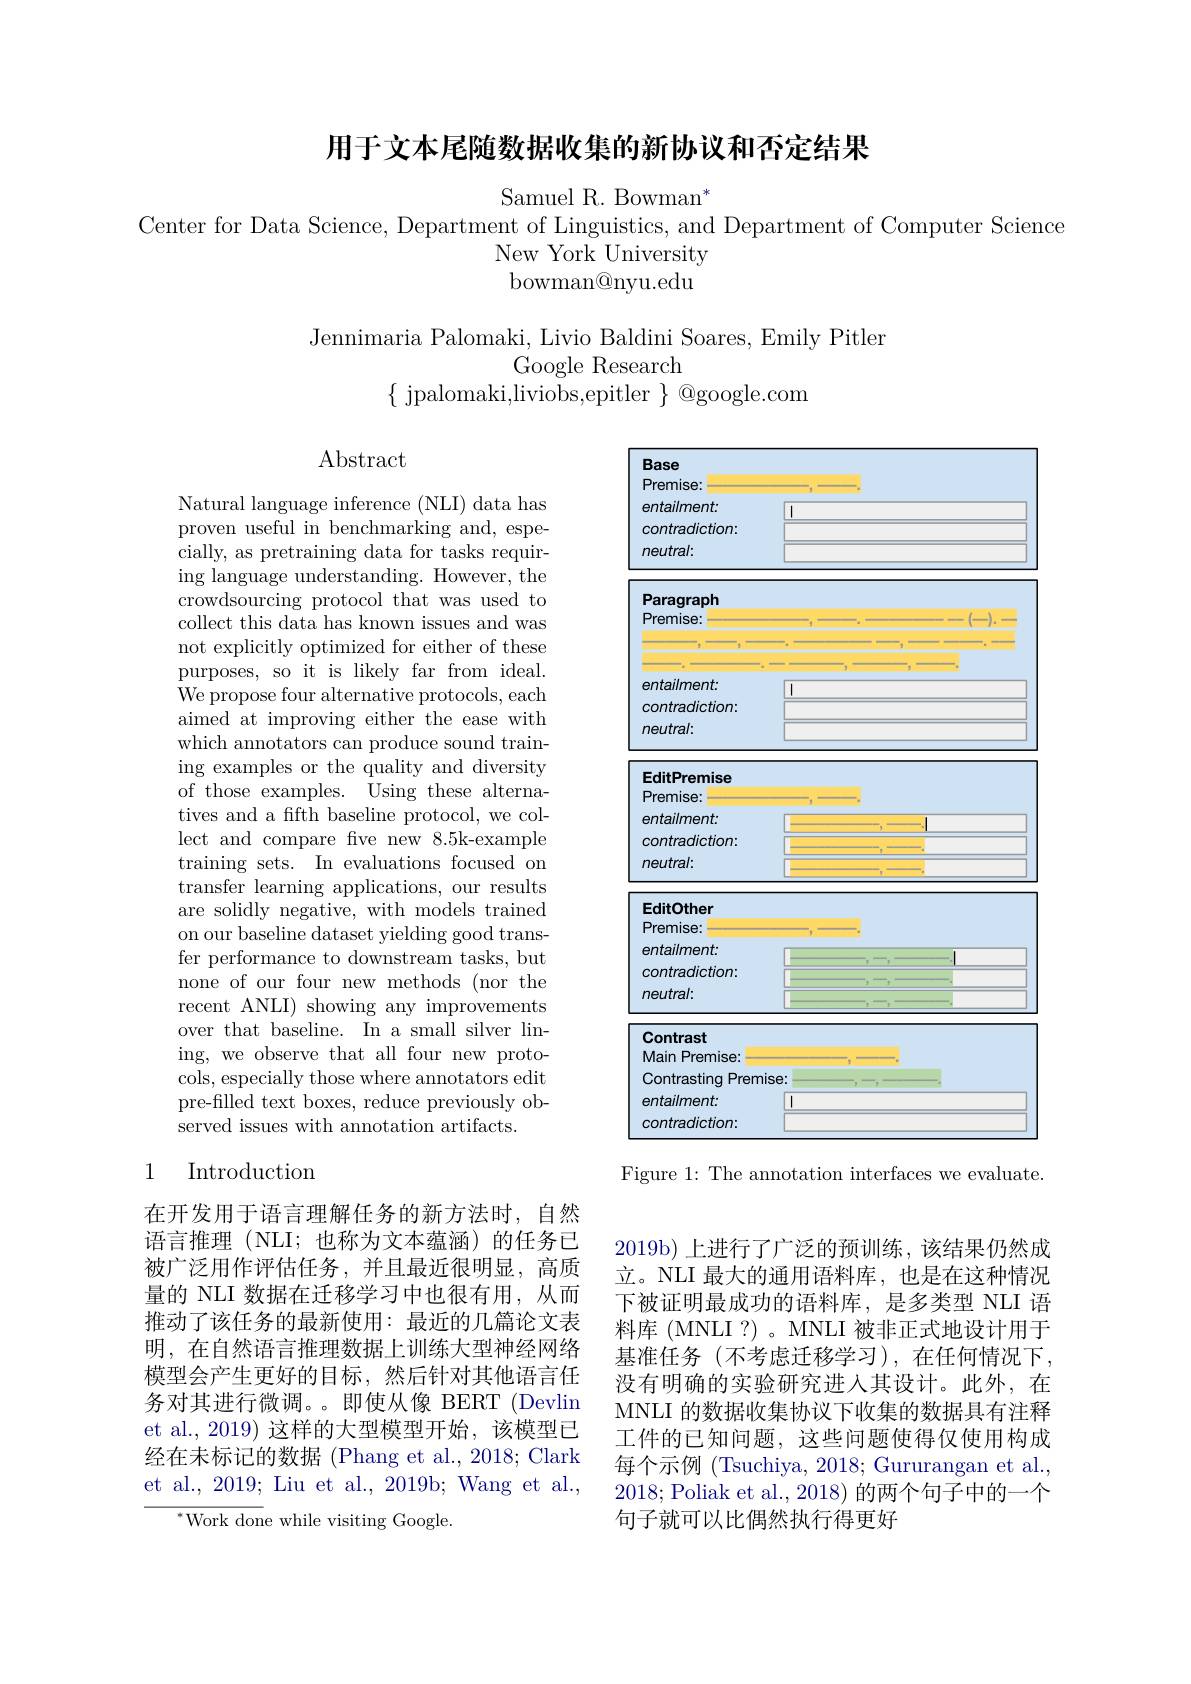
用于文本尾随数据收集的新协议和否定结果

Samuel R. Bowman$^*$
Center for Data Science, Department of Linguistics, and Department of Computer Science
New York University bowman@nyu.edu

Jennimaria Palomaki, Livio Baldini Soares, Emily Pitler
## Google Research
$\{$ jpalomaki,liviobs,epitler $\}$ @google.com

$\operatorname{Abstract}$

<FigureHere>
Figure 1: The annotation interfaces we evaluate.

Natural language inference (NLI) data has proven useful in benchmarking and, especially, as pretraining data for tasks requiring language understanding. However, the crowdsourcing protocol that was used to collect this data has known issues and was not explicitly optimized for either of these purposes, so it is likely far from ideal. We propose four alternative protocols, each aimed at improving either the ease with which annotators can produce sound training examples or the quality and diversity of those examples. Using these alternatives and a fifth baseline protocol, we collect and compare five new 8.5k-example training sets. In evaluations focused on transfer learning applications, our results are solidly negative, with models trained on our baseline dataset yielding good transfer performance to downstream tasks, but none of our four new methods (nor the recent ANLI) showing any improvements over that baseline. In a small silver lining, we observe that all four new protocols, especially those where annotators edit pre-filled text boxes, reduce previously observed issues with annotation artifacts.

## 1 Introduction

在开发用于语言理解任务的新方法时，自然语言推理(NLI;也称为文本蕴涵)的任务已被广泛用作评估任务，并且最近很明显，高质量的 NLI 数据在迁移学习中也很有用，从而推动了该任务的最新使用：最近的几篇论文表明，在自然语言推理数据上训练大型神经网络模型会产生更好的目标，然后针对其他语言任务对其进行微调。。即使从像 BERT (Devlin et al., 2019) 这样的大型模型开始，该模型已经在未标记的数据(Phang et al., 2018; Clark et al., 2019; Liu et al., 2019b; Wang et al.,
$^{*}$Work done while visiting Google.

2019b)上进行了广泛的预训练，该结果仍然成立。NLI 最大的通用语料库，也是在这种情况下被证明最成功的语料库，是多类型 NLI 语料库 (MNLI?) 。MNLI 被非正式地设计用于基准任务(不考虑迁移学习),在任何情况下， 没有明确的实验研究进入其设计。此外，在MNLI 的数据收集协议下收集的数据具有注释工件的已知问题，这些问题使得仅使用构成每个示例 (Tsuchiya, 2018; Gururangan et al., 2018; Poliak et al., 2018) 的两个句子中的一个句子就可以比偶然执行得更好